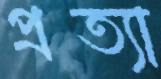
প্রত্যা